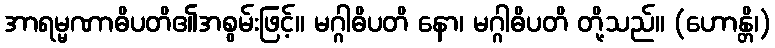
အာရမ္မဏာဓိပတိ၏အစွမ်းဖြင့်။ မဂ္ဂါဓိပတိ နော၊ မဂ္ဂါဓိပတိ တို့သည်။ (ဟောန္တိ၊)